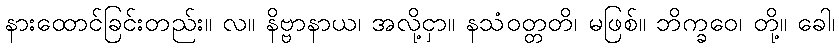
နားထောင်ခြင်းတည်း။ လ။ နိဗ္ဗာနာယ၊ အလို့ငှာ။ နသံဝတ္တတိ၊ မဖြစ်။ ဘိက္ခဝေ၊ တို့။ ခေါ၊